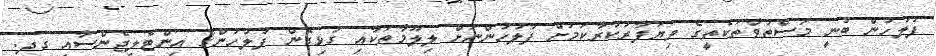
ފުލުުހުން ބުނީ މަސްތުވާތަކެތީގެ ވިޔަފާރުކުރާކަމަށް ފުލުހުންނަށް ލިލޫމާތަކާއި ގުޅިގެން ފުލުހުންގެ އިންޓެލިޖެންސާއި ގދ.